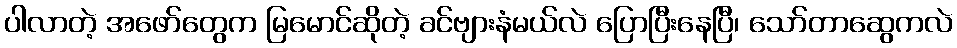
ပါလာတဲ့ အဖော်တွေက မြမောင်ဆိုတဲ့ ခင်ဗျားနံမယ်လဲ ပြောပြီးနေပြီ၊ သော်တာဆွေကလဲ